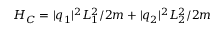
H _ { C } = \vert q _ { 1 } \vert ^ { 2 } L _ { 1 } ^ { 2 } / 2 m + \vert q _ { 2 } \vert ^ { 2 } L _ { 2 } ^ { 2 } / 2 m